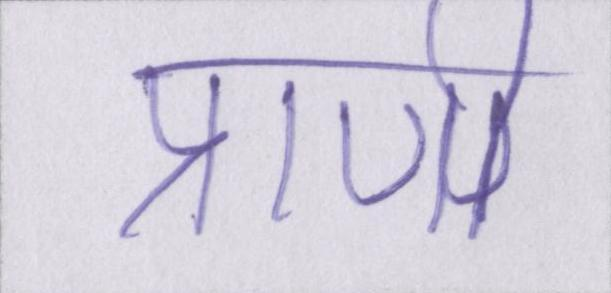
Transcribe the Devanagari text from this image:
प्राणी